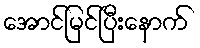
အောင်မြင်ပြီးနောက်